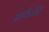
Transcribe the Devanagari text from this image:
इनकैंडीसेंट